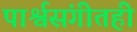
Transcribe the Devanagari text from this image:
पार्श्वसंगीतही